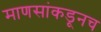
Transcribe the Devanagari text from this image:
माणसांकडूनच